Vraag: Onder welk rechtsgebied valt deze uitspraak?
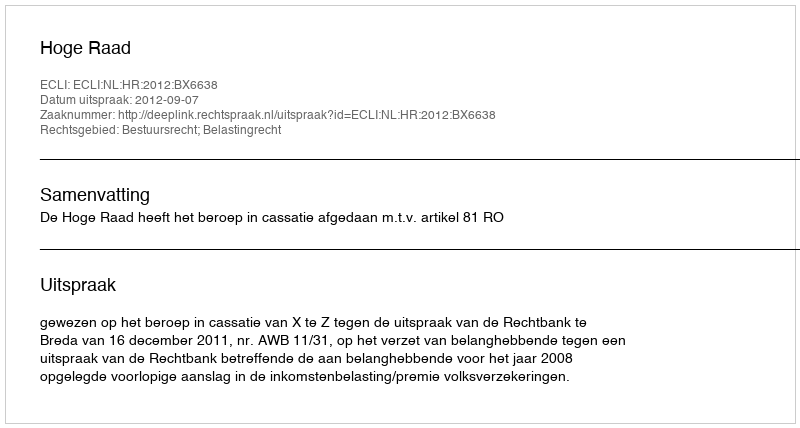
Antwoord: Bestuursrecht; Belastingrecht